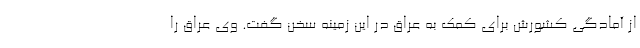
از آمادگی کشورش برای کمک به عراق در این زمینه سخن گفت. وی عراق را